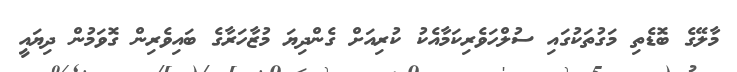
މާލޭގެ ބޮޑެތި މަގުތަކުގައި ސުލްހަވެރިކަމާއެކު ކުރިއަށް ގެންދިޔަ މުޒާހަރާގެ ބައިވެރިން ގޮވަމުން ދިޔައީ